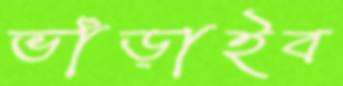
ভাঁড়াইব